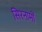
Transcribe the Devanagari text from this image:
सिरनामों